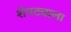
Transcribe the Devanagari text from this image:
शेपट्याला